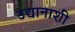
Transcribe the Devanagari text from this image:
उद्यानाशी